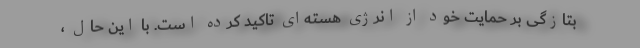
بتازگی بر حمایت خود از انرژی هسته‌ای تاکید کرده است. با این حال ،